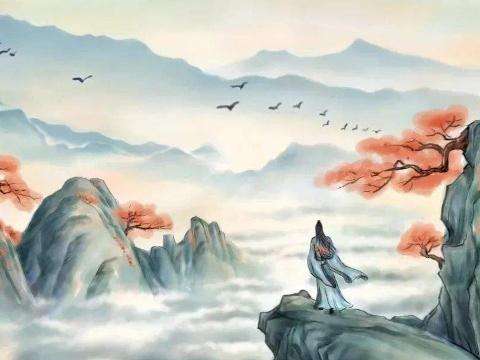
夕阳无限好，只是近黄昏。